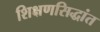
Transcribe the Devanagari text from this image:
शिक्षणसिद्धांत